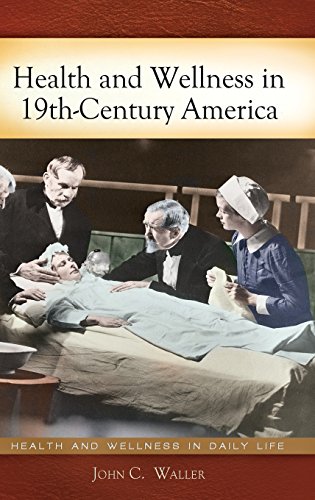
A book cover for Health and Wellness in 19th-Century America (Health and Wellness in Daily Life); John C. Waller; Politics & Social Sciences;